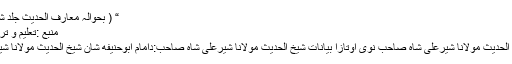
“ ( بحوالہ معارف الحدیث جلد ششم)
منبع :تعلیم و تربیت
شيخ الحديث مولانا شیرعلی شاه صاحب نوی اوتازا بیانات شيخ الحديث مولانا شیرعلی شاه صاحب:دامام ابوحنیفه شان شيخ الحديث مولانا شیر...